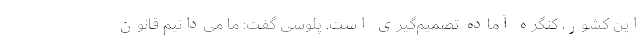
این کشور، کنگره آماده تصمیم‌گیری است. پلوسی گفت: ما می‌دانیم قانون